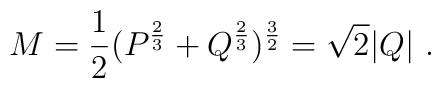
M = { 1 \over 2 } ( P^ { 2 \over 3} + Q ^ { 2 \over 3} ) ^ {3 \over2}= \sqrt 2 |Q| \ .